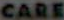
CARE